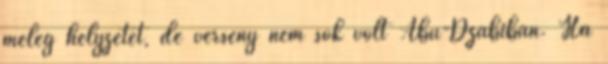
meleg helyzetet, de verseny nem sok volt Abu-Dzabiban. Ha